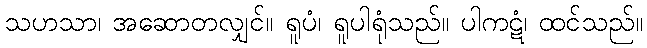
သဟသာ၊ အဆောတလျှင်။ ရူပံ၊ ရူပါရုံသည်။ ပါကဋံ၊ ထင်သည်။